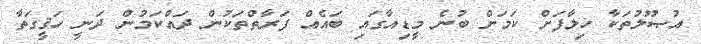
އުޞޫލުތަކާ ޚިލާފަށް ކަމަށް ބުނެ މީޑިއާގައި ބައެއް ފަރާތްތަކުން ދައްކަމުން ދަނީ ހަޤީގަތާ